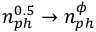
n _ { p h } ^ { 0 . 5 } \rightarrow n _ { p h } ^ { \phi }